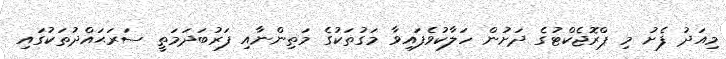
މިއަދު ފެށު މި ޕްރޮޖެކްޓުގެ ދަށުން ހަލާކުވެފައިވާ މަގުތަކުގެ މަތިންނާއި ފަރުބަދަމަތީ ސަރަޙައްދުތަކުގައި